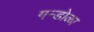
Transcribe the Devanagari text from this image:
गन्डोळा